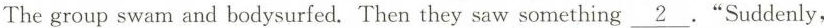
The group swam and bodysurfed.Then they saw something\underline{2}"Suddenly.